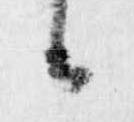
候